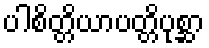
ပါစိတ္တိယာပတ္တိပုစ္ဆာ